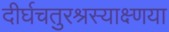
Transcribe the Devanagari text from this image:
दीर्घचतुरश्रस्याक्ष्णया